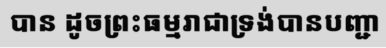
បាន ដូចព្រះធម្មរាជាទ្រង់បានបញ្ជា